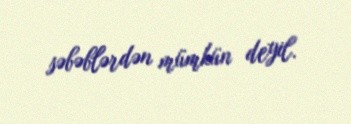
səbəblərdən mümkün deyil.